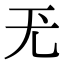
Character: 𡯊